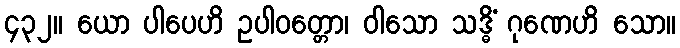
၄၃၂။ ယော ပါပေဟိ ဥပါဝတ္တော၊ ဝါသော သဒ္ဓိံ ဂုဏေဟိ သော။